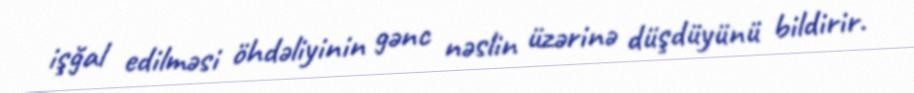
işğal edilməsi öhdəliyinin gənc nəslin üzərinə düşdüyünü bildirir.